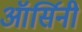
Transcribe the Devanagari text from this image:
ऑर्सिनी